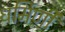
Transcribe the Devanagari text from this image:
धर्मिणी